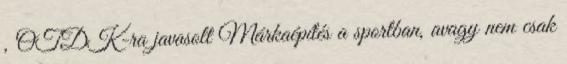
, OTDK-ra javasolt Márkaépítés a sportban, avagy nem csak